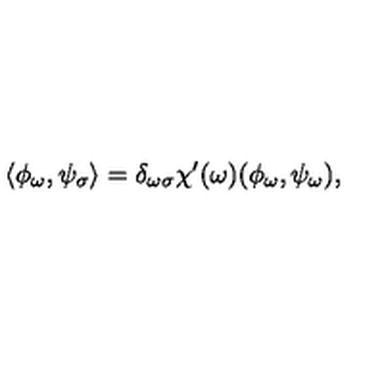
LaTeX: \langle \phi _ { \omega } , \psi _ { \sigma } \rangle = \delta _ { \omega \sigma } \chi ^ { \prime } ( \omega ) ( \phi _ { \omega } , \psi _ { \omega } ) ,